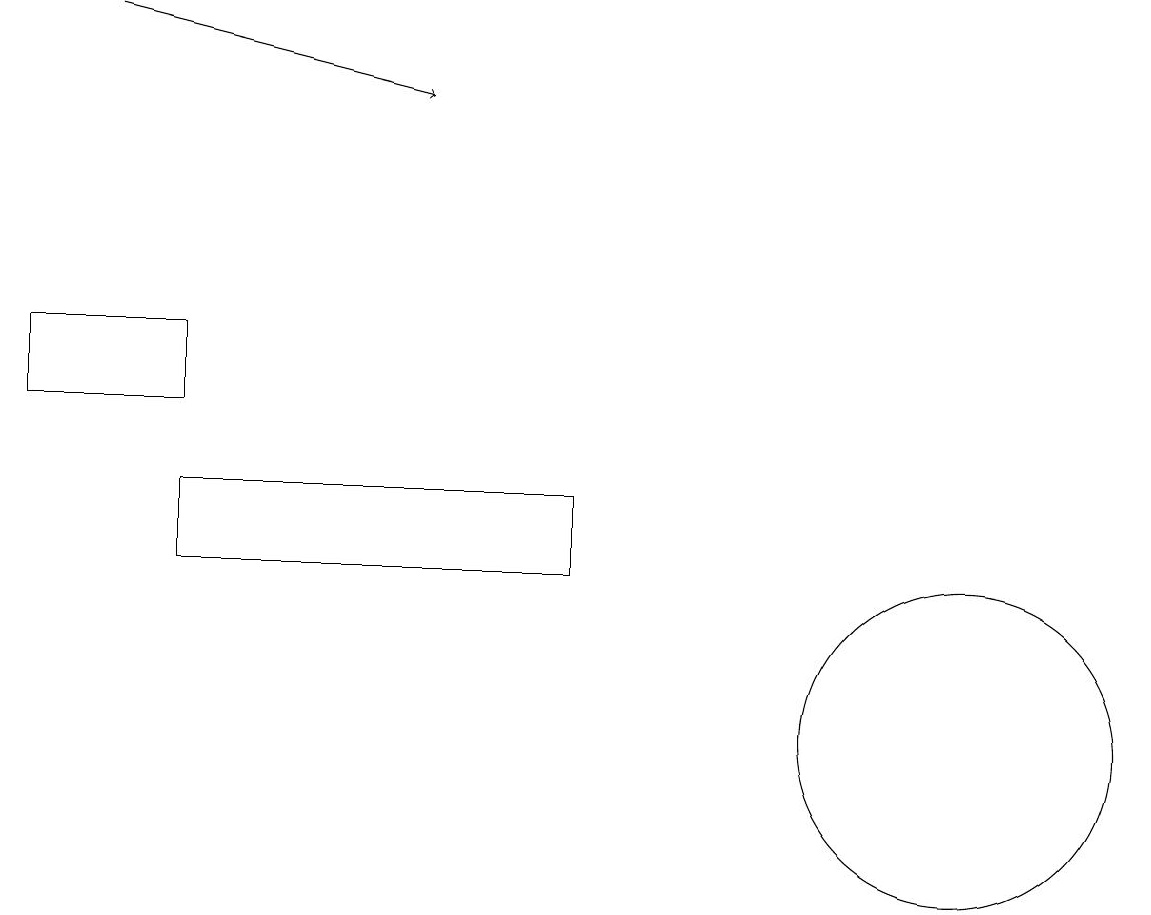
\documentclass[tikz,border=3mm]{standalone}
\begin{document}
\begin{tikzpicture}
\draw (2,12) rectangle (7,13);
\draw (12,10) circle (2);
\draw[->] (1,19) -- (5,18);
\draw (0,14) rectangle (2,15);
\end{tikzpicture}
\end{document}